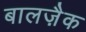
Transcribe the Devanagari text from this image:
बालज़ैक